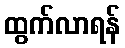
ထွက်လာရန်